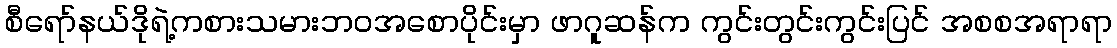
စီရော်နယ်ဒိုရဲ့ကစားသမားဘဝအစောပိုင်းမှာ ဖာဂူဆန်က ကွင်းတွင်းကွင်းပြင် အစစအရာရာ